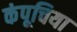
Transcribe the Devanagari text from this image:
कंपूचिया